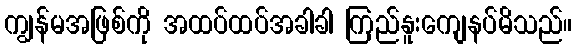
ကျွန်မအဖြစ်ကို အထပ်ထပ်အခါခါ ကြည်နူးကျေနပ်မိသည်။